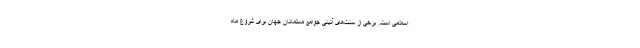
اسلامی است. برخی از سنت‌های آئینی جوامع مسلمانان جهان برای شروع ماه